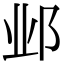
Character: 邺